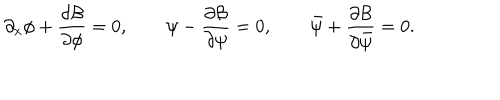
\partial _ { x } \phi + \frac { \partial { \cal B } } { \partial \phi } = 0 , \qquad \psi - \frac { \partial { \cal B } } { \partial \psi } = 0 , \qquad \bar { \psi } + \frac { \partial { \cal B } } { \partial \bar { \psi } } = 0 .